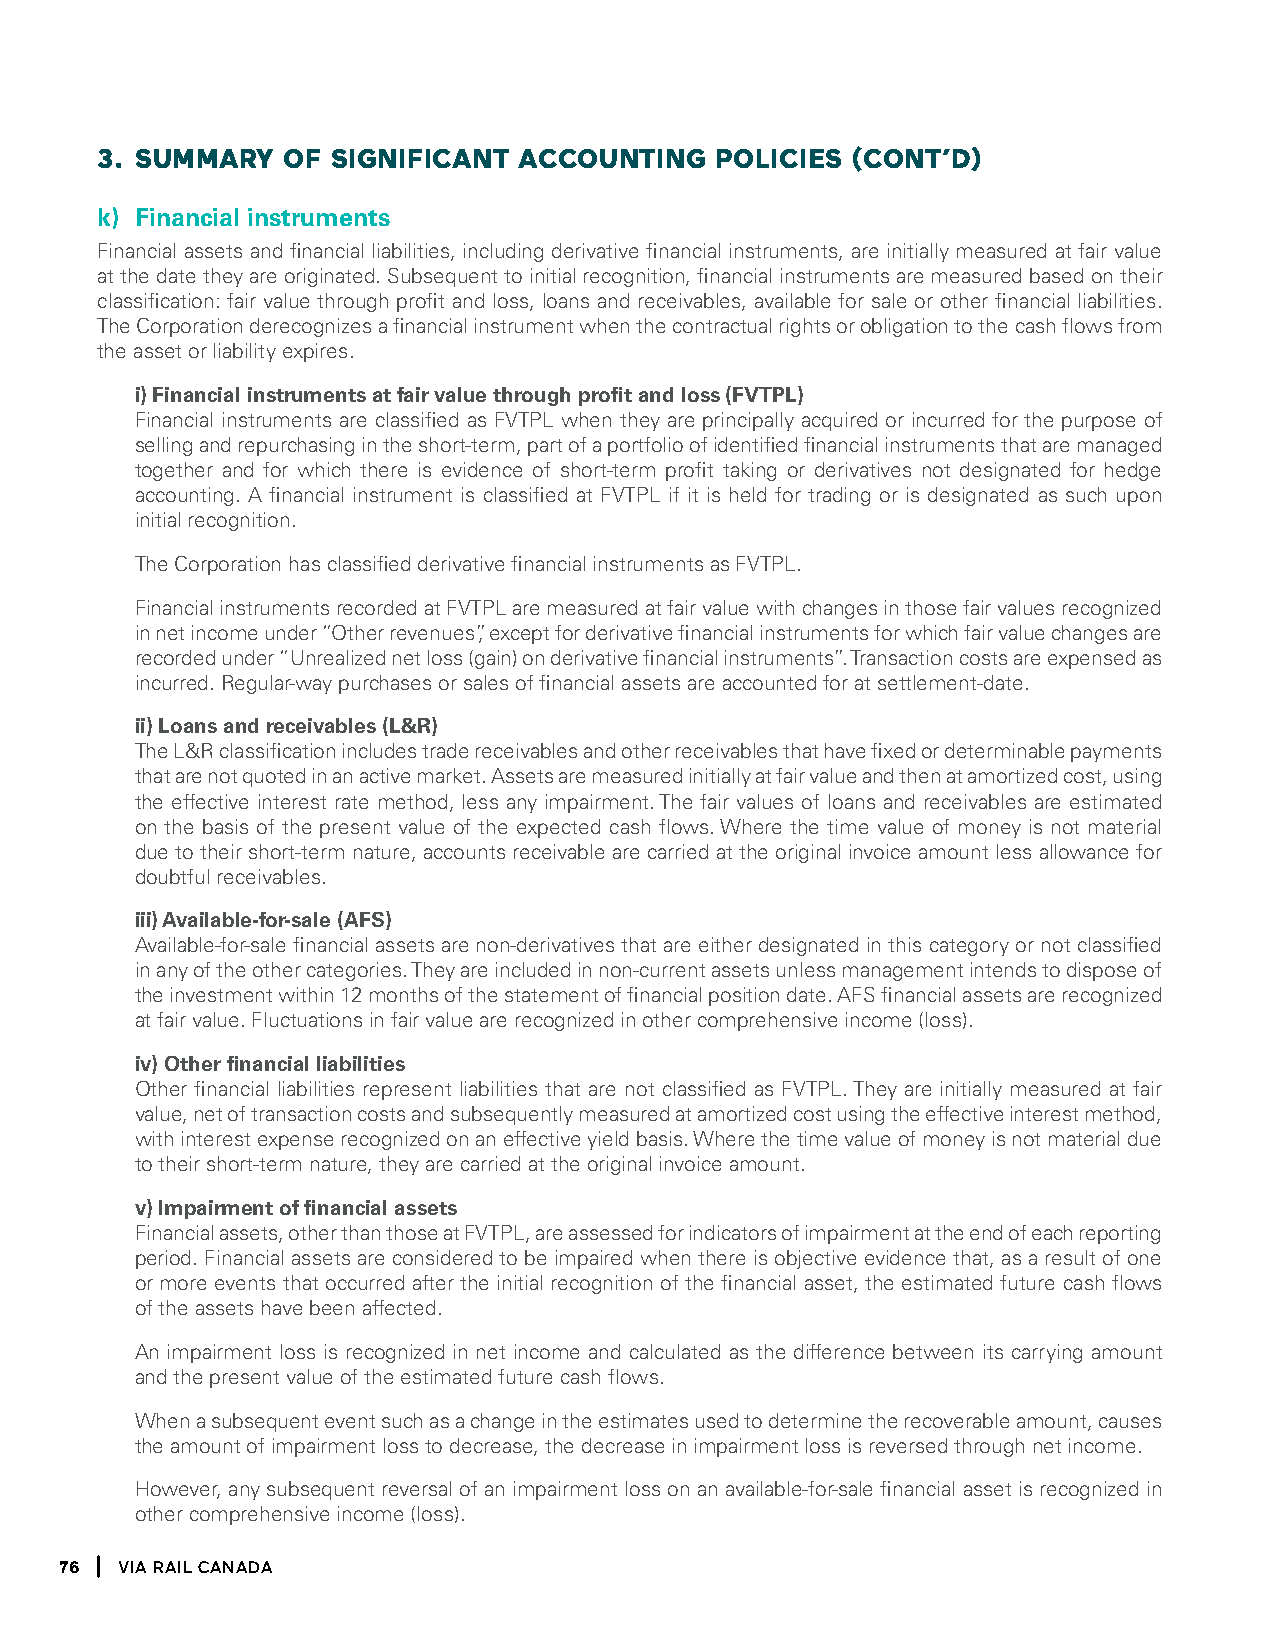
3. SUmmaRY   OF SiGniFicant accOUntinG   POlicieS (cOnt’D)
 k) Financial instruments
 Financial assets and financial liabilities, including derivative financial instruments, are initially measured at fair value
 at the date they are originated. Subsequent to initial recognition, financial instruments are measured based on their
 classification: fair value through profit and loss, loans and receivables, available for sale or other financial liabilities.
 The Corporation derecognizes a financial instrument when the contractual rights or obligation to the cash flows from
 the asset or liability expires.
 i) Financial instruments at fair value through profit and loss (FVTPL)
 Financial instruments are classified as FVTPL when they are principally acquired or incurred for the purpose of
 selling and repurchasing in the short-term, part of a portfolio of identified financial instruments that are managed
 together and for which there is evidence of short-term profit taking or derivatives not designated for hedge
 accounting. A financial instrument is classified at FVTPL if it is held for trading or is designated as such upon
 initial recognition.
 The Corporation has classified derivative financial instruments as FVTPL.
 Financial instruments recorded at FVTPL are measured at fair value with changes in those fair values recognized
 in net income under “Other revenues”, except for derivative financial instruments for which fair value changes are
 recorded under “Unrealized net loss (gain) on derivative financial instruments’’. Transaction costs are expensed as
 incurred. Regular-way purchases or sales of financial assets are accounted for at settlement-date.
 ii) Loans and receivables (L&R)
 The L&R classification includes trade receivables and other receivables that have fixed or determinable payments
 that are not quoted in an active market. Assets are measured initially at fair value and then at amortized cost, using
 the effective interest rate method, less any impairment. The fair values of loans and receivables are estimated
 on the basis of the present value of the expected cash flows. Where the time value of money is not material
 due to their short-term nature, accounts receivable are carried at the original invoice amount less allowance for
 doubtful receivables.
 iii) Available-for-sale (AFS)
 Available-for-sale financial assets are non-derivatives that are either designated in this category or not classified
 in any of the other categories. They are included in non-current assets unless management intends to dispose of
 the investment within 12 months of the statement of financial position date. AFS financial assets are recognized
 at fair value. Fluctuations in fair value are recognized in other comprehensive income (loss).
 iv) Other financial liabilities
 Other financial liabilities represent liabilities that are not classified as FVTPL. They are initially measured at fair
 value, net of transaction costs and subsequently measured at amortized cost using the effective interest method,
 with interest expense recognized on an effective yield basis. Where the time value of money is not material due
 to their short-term nature, they are carried at the original invoice amount.
 v) Impairment of financial assets
 Financial assets, other than those at FVTPL, are assessed for indicators of impairment at the end of each reporting
 period. Financial assets are considered to be impaired when there is objective evidence that, as a result of one
 or more events that occurred after the initial recognition of the financial asset, the estimated future cash flows
 of the assets have been affected.
 An impairment loss is recognized in net income and calculated as the difference between its carrying amount
 and the present value of the estimated future cash flows.
 When a subsequent event such as a change in the estimates used to determine the recoverable amount, causes
 the amount of impairment loss to decrease, the decrease in impairment loss is reversed through net income.
 However, any subsequent reversal of an impairment loss on an available-for-sale financial asset is recognized in
 other comprehensive income (loss).
 76  Via Rail Canada